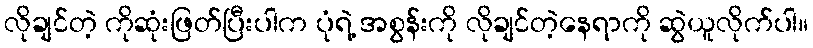
လိုချင်တဲ့ ကိုဆုံးဖြတ်ပြီးပါက ပုံရဲ့ အစွန်းကို လိုချင်တဲ့နေရာကို ဆွဲယူလိုက်ပါ။